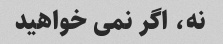
نه، اگر نمی خواهید